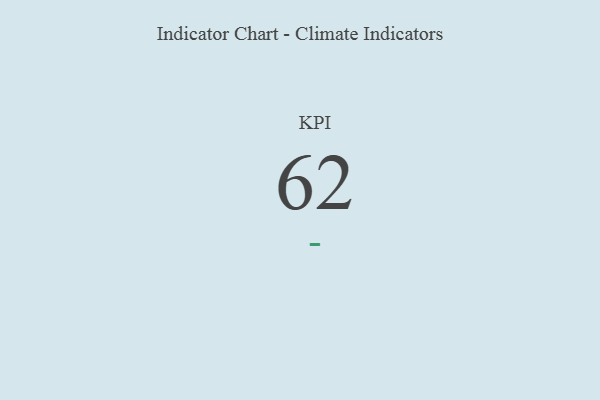
{"axis": {"x": "KPI", "y": "Value"}, "legend": [""], "data": [{"x": "KPI", "y": 62, "type": ""}]}